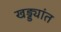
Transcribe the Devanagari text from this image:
खड्ड्यांत